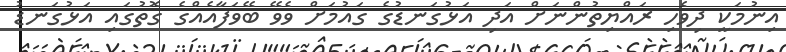
އިނުމަކީ ދިވެހި ރައްޔިތުންނަށް އަދި އަޅުގަނޑުގެ ގައުމަށް ވެވޭ ބޭވަފާއެއްގެ ގޮތުގައި އަޅުގަނޑު